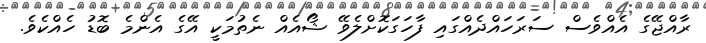
ރާއްޖޭގެ އެއްވެސް ސަރަހައްދެއްގައި ފާހަގަކޮށްލެވޭ ޝޯއެއް ނެތުމަކީ އޭގެ އެންމެ ބޮޑު ހެއްކެވެ.